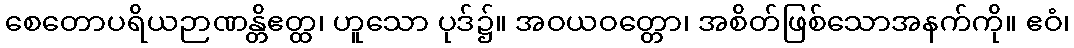
စေတောပရိယဉာဏန္တိဧတ္ထ၊ ဟူသော ပုဒ်၌။ အဝယဝတ္တော၊ အစိတ်ဖြစ်သောအနက်ကို။ ဧဝံ၊